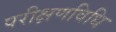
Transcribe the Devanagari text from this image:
परीक्षणविधि